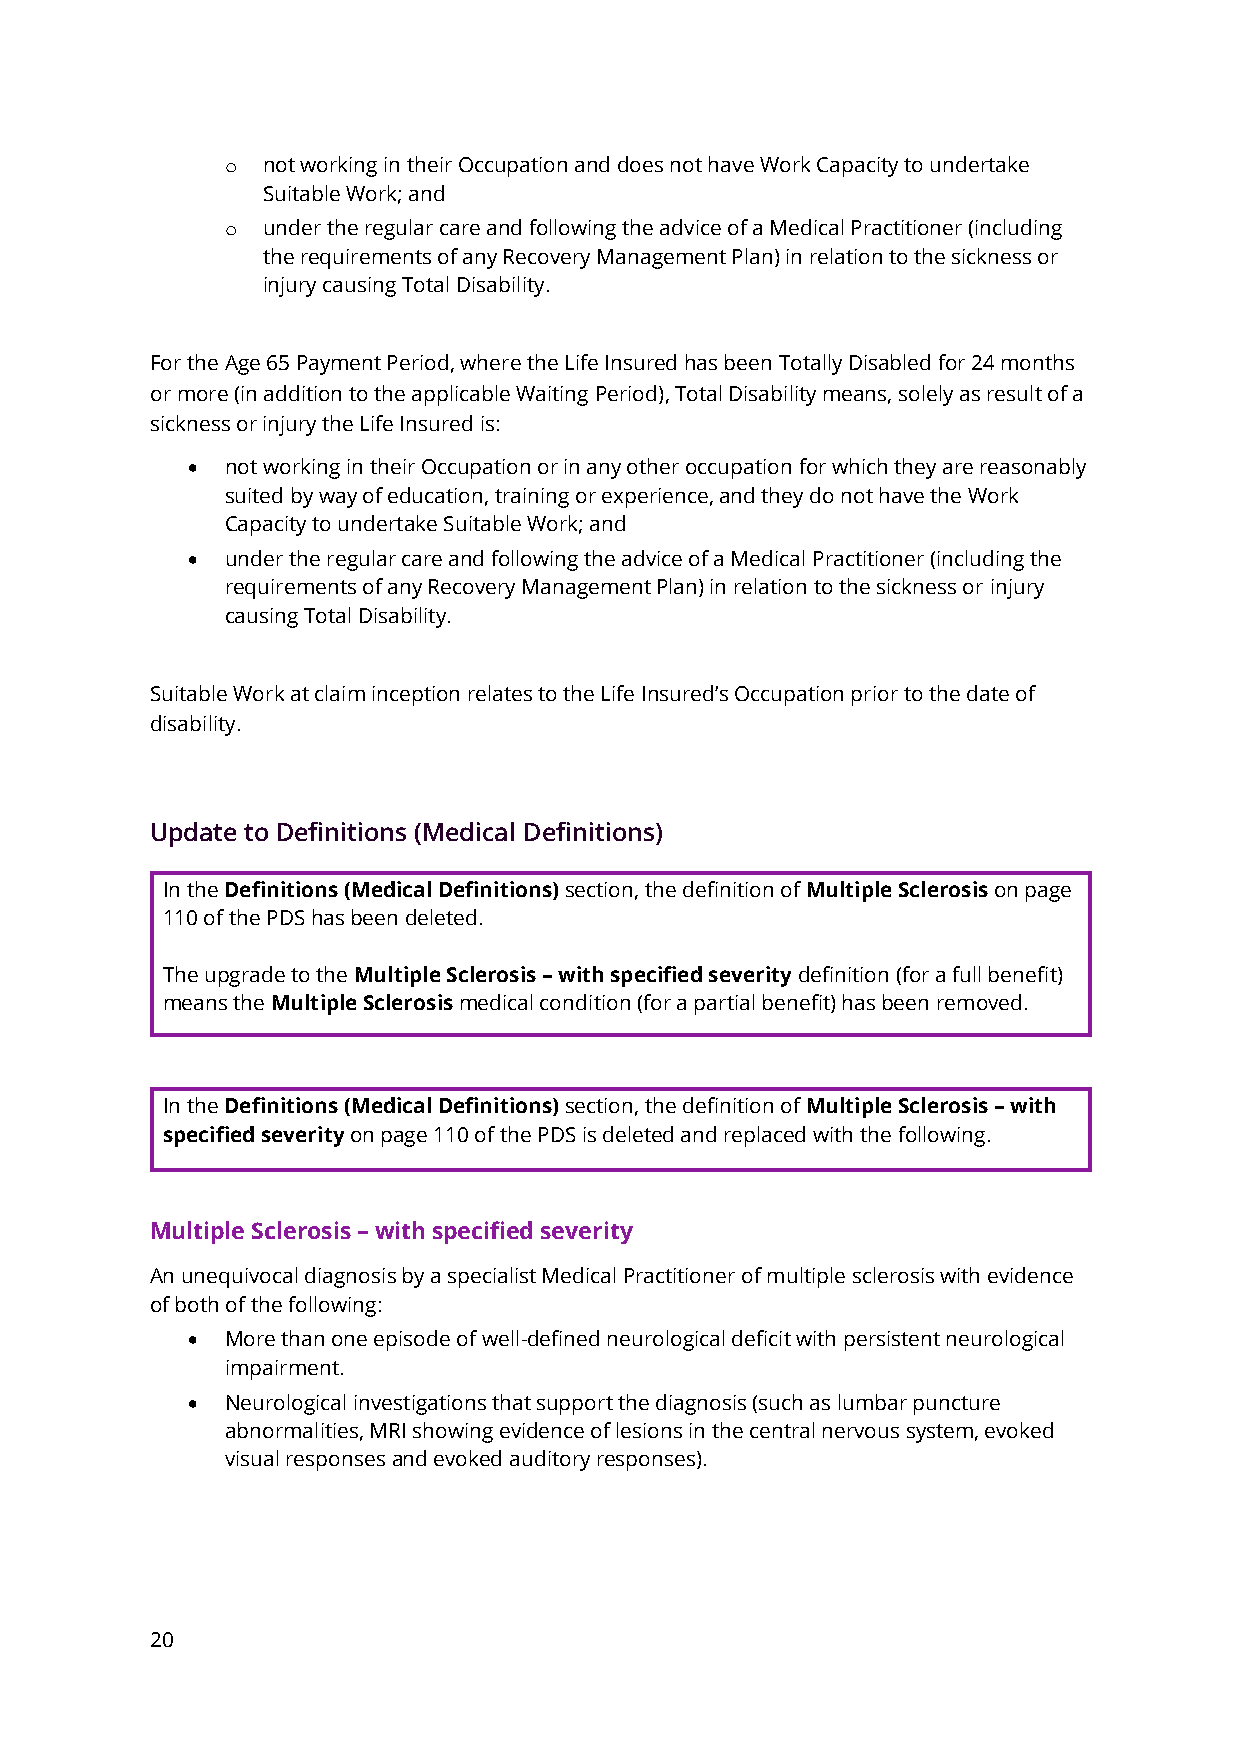
o not working in their Occupation and does not have Work Capacity to undertake
 Suitable Work; and
 o under the regular care and following the advice of a Medical Practitioner (including
 the requirements of any Recovery Management Plan) in relation to the sickness or
 injury causing Total Disability.
 For the Age 65 Payment Period, where the Life Insured has been Totally Disabled for 24 months
 or more (in addition to the applicable Waiting Period), Total Disability means, solely as result of a
 sickness or injury the Life Insured is:
 •  not working in their Occupation or in any other occupation for which they are reasonably
 suited by way of education, training or experience, and they do not have the Work
 Capacity to undertake Suitable Work; and
 •  under the regular care and following the advice of a Medical Practitioner (including the
 requirements of any Recovery Management Plan) in relation to the sickness or injury
 causing Total Disability.
 Suitable Work at claim inception relates to the Life Insured’s Occupation prior to the date of
 disability.
 Update to Definitions (Medical Definitions)
 In the Definitions (Medical Definitions) section, the definition of Multiple Sclerosis on page
 110 of the PDS has been deleted.
 The upgrade to the Multiple Sclerosis – with specified severity definition (for a full benefit)
 means the Multiple Sclerosis medical condition (for a partial benefit) has been removed.
 In the Definitions (Medical Definitions) section, the definition of Multiple Sclerosis – with
 specified severity on page 110 of the PDS is deleted and replaced with the following.
 Multiple Sclerosis – with specified severity
 An unequivocal diagnosis by a specialist Medical Practitioner of multiple sclerosis with evidence
 of both of the following:
 •  More than one episode of well-defined neurological deficit with persistent neurological
 impairment.
 •  Neurological investigations that support the diagnosis (such as lumbar puncture
 abnormalities, MRI showing evidence of lesions in the central nervous system, evoked
 visual responses and evoked auditory responses).
 20